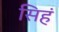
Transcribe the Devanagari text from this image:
सिहं